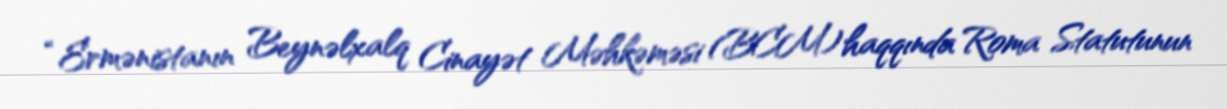
“Ermənistanın Beynəlxalq Cinayət Məhkəməsi (BCM) haqqında Roma Statutunun